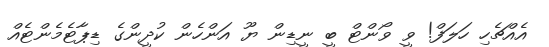
އެއްޗެހި ހަލަފް! ވީ ވޯންޓް ބީ ނީޑިން ޔޫ އަންހެން ކުދީންގެ ޑިޕާޓެމެންޓެއް